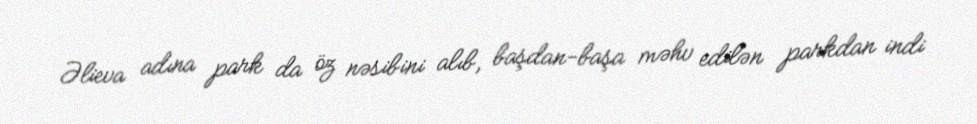
Əlieva adına park da öz nəsibini alıb, başdan-başa məhv edilən parkdan indi